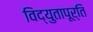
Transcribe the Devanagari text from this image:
विद्युतापूर्ति